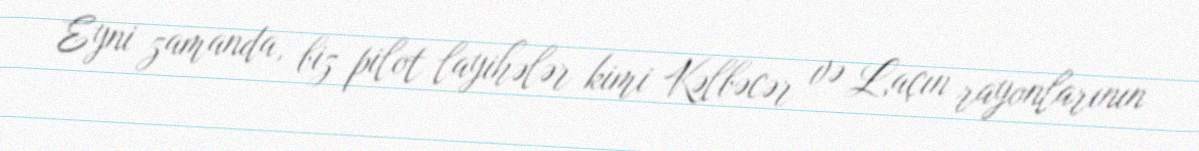
Eyni zamanda, biz pilot layihələr kimi Kəlbəcər və Laçın rayonlarının